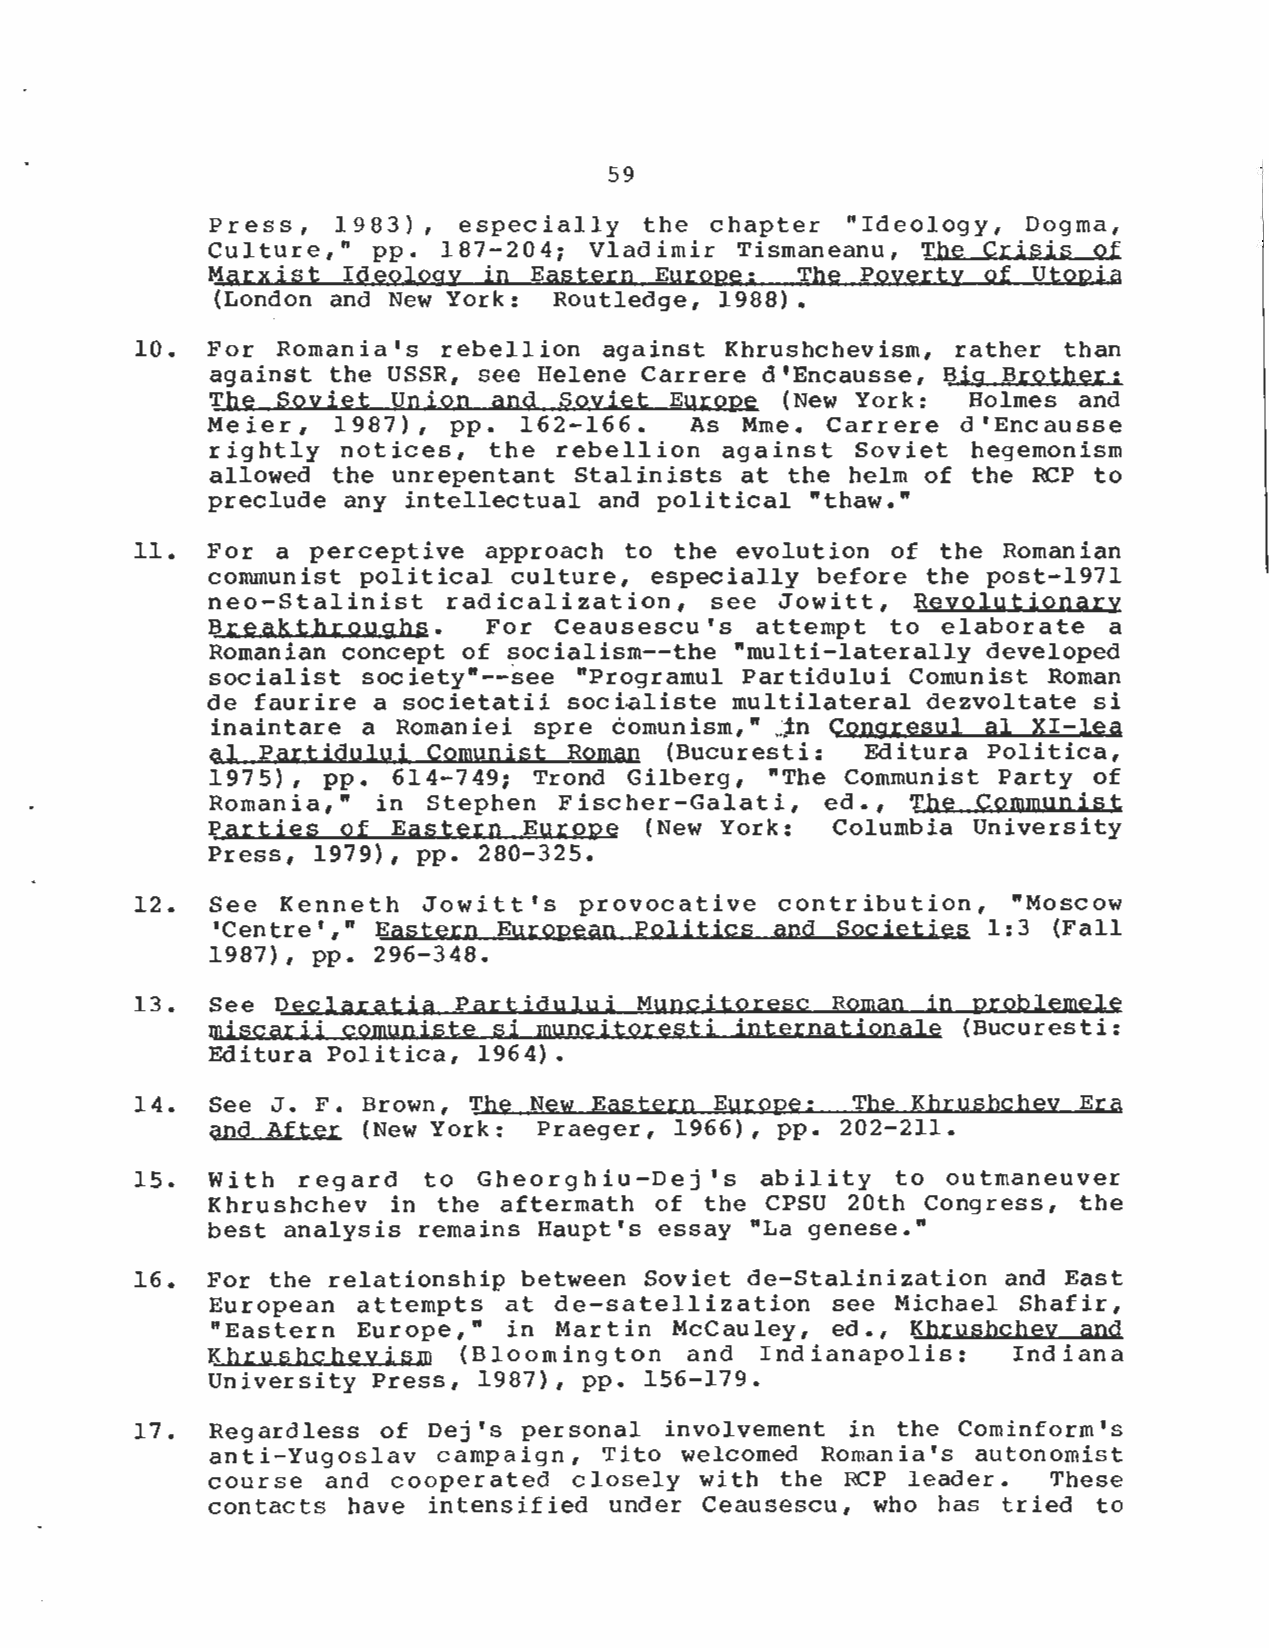
59
 Press,  1983), especially   the chapter  "Ideology,  Dogma  ,
 Culture," pp . 187-204 ; Vladimir Tismaneanu,  The Crisis of
 Marxist Ideology in Eastern  Europe :  The Poverty of Utopi a
 (London and New York : Routledge, 1988) .
 10.  For Romania's rebellion  against Khrushchevism,  rather than
 against the USSR, see Helene Carrere d'Encausse, Big Brother :
 The Soviet Union  and Soviet  Europe  (New York : Holmes and
 Meier,  1987), pp . 162-166 .  As Mme  . Carrere d'Encauss e
 rightly notices,  the rebellion  against  Soviet hegemonis m
 allowed the unrepentant Stalinists at the helm of the RCP to
 preclude any intellectual and political "thaw . "
 11.  For a perceptive approach  to the evolution of  the Romanian
 communist political culture, especially before the post-1971
 neo-Stalinist  radicalization,   see Jowitt,  Revolutionary
 Breakthroughs  .  For  Ceausescu's  attempt to  elaborate  a
 Romanian concept of socialism--the "multi-laterally develope d
 socialist society"--see "Programul Partidului Comunist Roman
 de faurire a societatii socialiste multilateral dezvoltate s i
 inaintare a Romaniei spre comunism," in  Congresul al XI-lea
 41 Partidului Comunist Roman  (Bucuresti : Editura Politica,
 1975), pp . 614-749 ; Trond Gilberg, "The Communist Party o f
 Romania,"  in Stephen  Fischer-Galati,  ed ., The Communis  t
 Parties of  Eastern Europe   (New York : Columbia Universit y
 Press, 1979), pp . 280-325 .
 12.  See Kenneth  Jowitt's  provocative  contribution,   "Mosco w
 'Centre'," Eastern EuropeanPoliticsandSocieties    1 :3 (Fall
 1987), pp . 296-348 .
 13.  See Declaratia  Partidului Muncitoresc  Roman in problemel e
 miscarii comuniste si muncitoresti internationale  (Bucuresti :
 Editura Politica, 1964) .
 14.  See J . F . Brown, The New Eastern Europe : The Khrushchev Er a
 and After (New York : Praeger, 1966), pp . 202-211 .
 15.  With regard  to  Gheorghiu-Dej's   ability  to outmaneuve  r
 Khrushchev in the aftermath  of the CPSU 20th  Congress, the
 best analysis remains Haupt's essay "La genese . "
 16.  For the relationship between Soviet de-Stalinization and Eas t
 European attempts  at de-satellization  see Michael Shafir  ,
 "Eastern Europe,"  in Martin  McCauley, ed ., Khrushchev and
 Khrushchevism   (Bloomington   and Indianapolis  :  Indian  a
 University Press, 1987), pp . 156-179 .
 17.  Regardless of Dej's personal involvement in the Cominform'  s
 anti-Yugoslav campaign,  Tito welcomed Romania's  autonomis t
 course and cooperated  closely with  the RCP leader .  These
 contacts have intensified under  Ceausescu, who has tried to